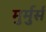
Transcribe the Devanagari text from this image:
मुर्मुर्स